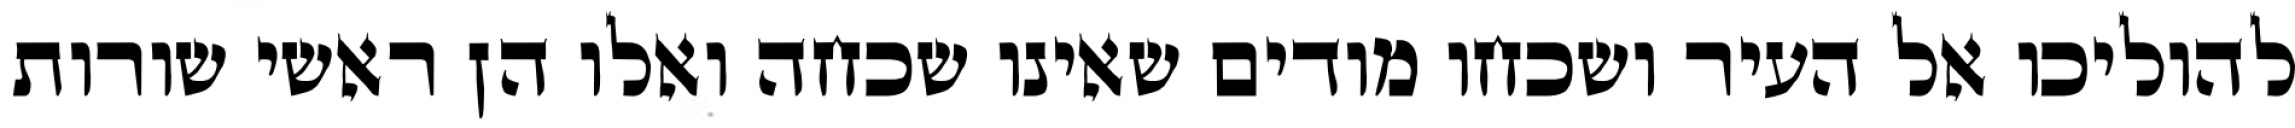
להוליכו אל העיר ושכחו מודים שאינו שכחה ואלו הן ראשי שורות